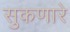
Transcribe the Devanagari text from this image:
सुकणारे